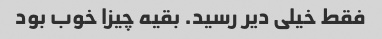
فقط خیلی دیر رسید. بقیه چیزا خوب بود